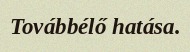
Továbbélő hatása.